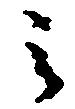
之